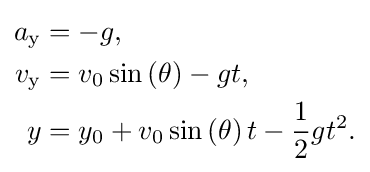
{\begin{aligned}a_{\text{y}}&=-g,\\v_{\text{y}}&=v_{0}\sin \left(\theta \right)-gt,\\y&=y_{0}+v_{0}\sin \left(\theta \right)t-{\frac {1}{2}}gt^{2}.\end{aligned}}